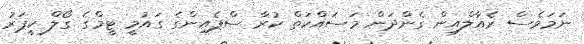
ނަމަވެސް ރެއާލްއިން ގެންދަން މަސައްކަތް ކުރާ ސްޕެއިންގެ ގައުމީ ޓީމްގެ ގޯލް ކީޕަރު